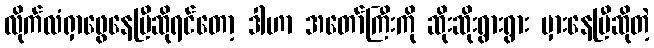
လိုက်လံရှာဖွေနေပြီဆိုရင်တော့ ဒါဟာ အတော်ကြီးကို ဆိုးဆိုးရွားရွား မှားနေပြီဆိုတဲ့